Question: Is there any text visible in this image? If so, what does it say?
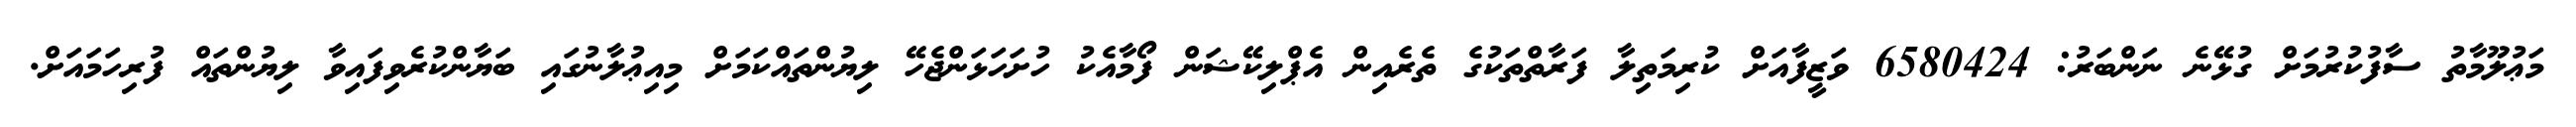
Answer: މަޢުލޫމާތު ސާފުކުރުމަށް ގުޅޭނެ ނަންބަރު: 6580424 ވަޒީފާއަށް ކުރިމަތިލާ ފަރާތްތަކުގެ ތެރެއިން އެޕްލިކޭޝަން ފޯމާއެކު ހުށަހަޅަންޖެހޭ ލިޔުންތައްކަމަށް މިއިޢުލާނުގައި ބަޔާންކުރެވިފައިވާ ލިޔުންތައް ފުރިހަމައަށް.